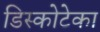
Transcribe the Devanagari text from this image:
डिस्कोटेका